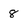
Character: 8